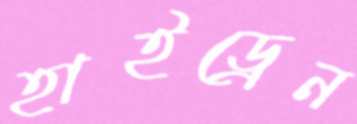
হাইড্রেন